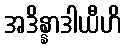
အဒိန္နာဒါယီဟိ